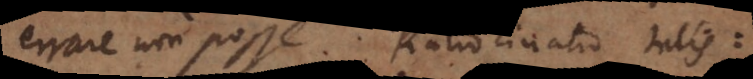
errare non posse. Ratiocinatio talis: